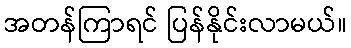
အတန်ကြာရင် ပြန်နိုင်းလာမယ်။